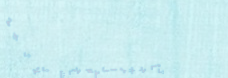
تأجير الدراجات ثلاثية الع